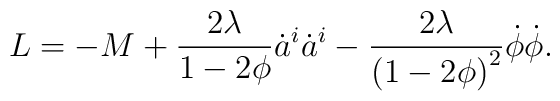
L = -M +{2\lambda\over 1-2\phi} \dot{a}^i\dot{a}^i\nonumber\\-{2\lambda\over {(1-2\phi)}^2} \dot{\phi}\dot{\phi}.